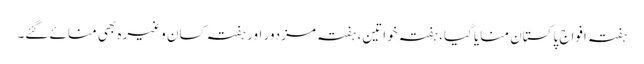
ہفتہ افواجِ پاکستان منایا گیا، ہفتہ خواتین، ہفتہ مزدور اور ہفتہ کسان وغیرہ بھی منائے گئے۔